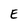
Character: E